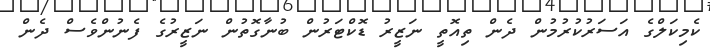
ކެމިކަލްގެ އަސަރުކުރުމުން ދެން ތިއޮތީ ނަޒީރު ޑޮކްޓަރުން ބުނާގޮތުން ނަޒީރުގެ ފެނުންވެސް ދެން